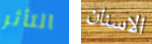
التأثر الاسنان